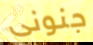
جنونى